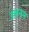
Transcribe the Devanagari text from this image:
उत्तनन